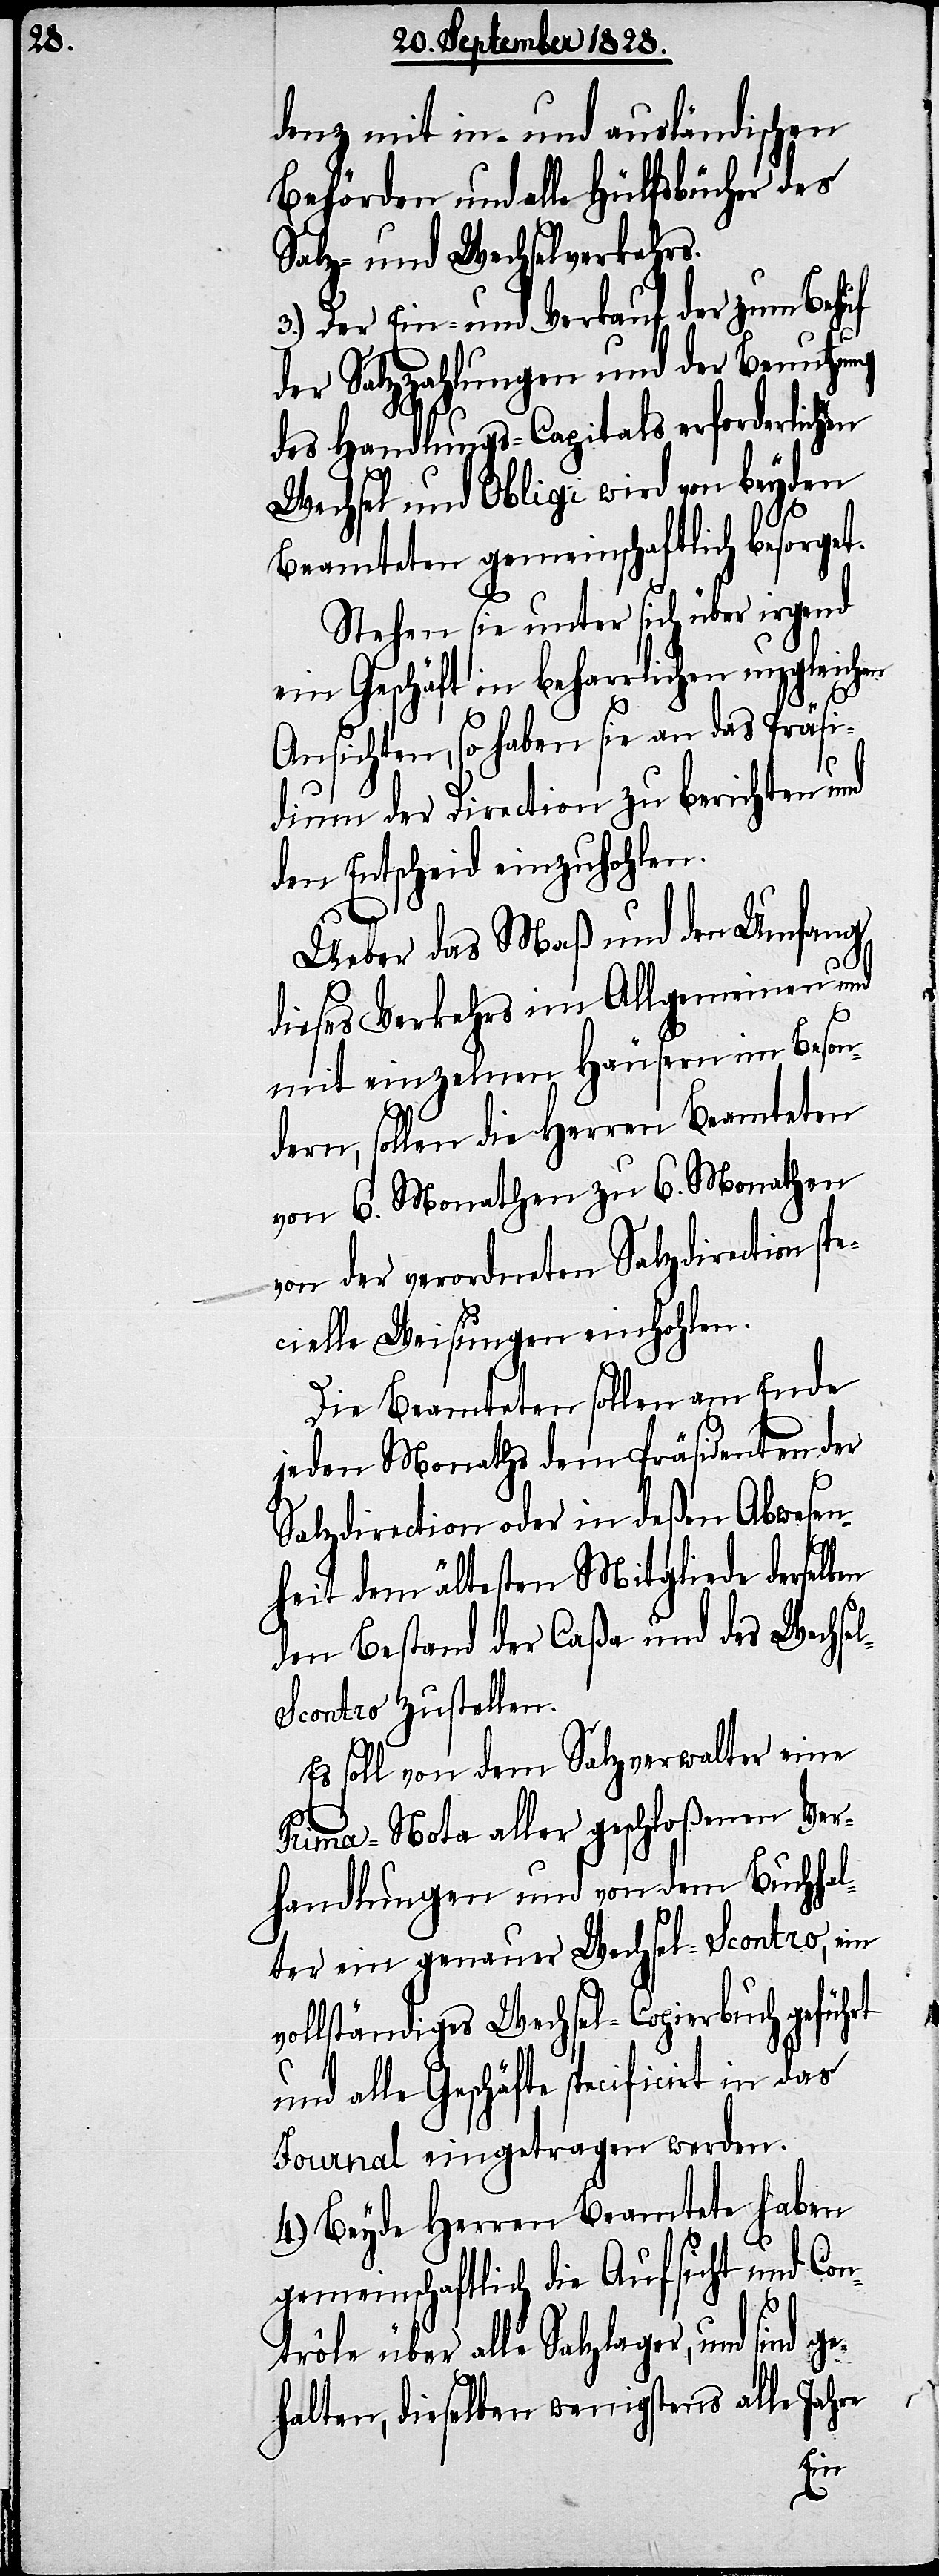
t.

denz mit in- und ausländischen
Behörden und alle Hülfsbücher des
Salz- und Wechselverkehrs.
3.) Der Ein- und Verkauf der zum Behuf
der Salzzahlungen und der Benutzung
des Handlungs-Capitals erforderlichen
Wechsel und Obligi wird von beyden
Beamteten gemeinschaftlich besorge¬
Stehen sie unter sich über irgend
ein Geschäft in beharrlichen ungleichen
Ansichten, so haben sie an das Präsi¬
dium der Direction zu berichten und
den Entscheid einzuhohlen.
Ueber das Maß und den Umfang
dieses Verkehrs im Allgemeinen und
mit einzelnen Häusern im Beson¬
dern, sollen die Herren Beamteten
von 6. Monathen zu 6. Monathen
von der verordneten Salzdirection spe¬
cielle Weisungen einhohlen.
Die Beamteten sollen am Ende
jeden Monaths dem Präsidenten der
Salzdirection oder in deßen Abwesen¬
heit dem ältesten Mitgliede derselben
den Bestand der Caßa und des Wechse¬
l-Scontro zustellen.
Es soll von dem Salzverwalter eine
Prima-Nota aller geschloßenen Ver¬
handlungen und von dem Buchhal¬
ter ein genauer Wechsel-Scontro, ein
vollständiges Wechsel-Copierbuch geführt
und alle Geschäfte specificirt in das
Journal eingetragen werden.
4.) Beyde Herren Beamtete haben
gemeinschaftlich die Aufsicht und Con¬
trôle über alle Salzlager, und s¬
halten, dieselben wenigstens alle Jahre
ge¬